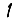
Digit: 1